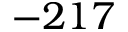
- 2 1 7